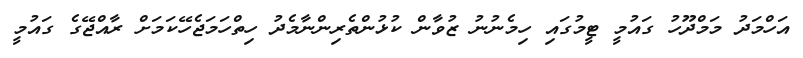
އަހްމަދު މަމްދޫހު ގައުމީ ޓީމުގައި ހިމެނުނު ޒުވާން ކުޅުންތެރިންނާމެދު ހިތްހަމަޖެހޭކަމަށް ރާއްޖޭގެ ގައުމީ